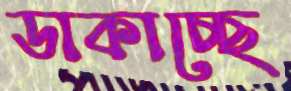
ডাকাচ্ছে